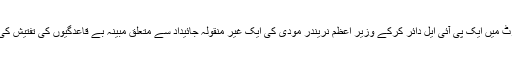
نئی دہلی: سپریم کورٹ میں ایک پی آئی ایل دائر کرکے وزیر اعظم نریندر مودی کی ایک غیر منقولہ جائیداد سے متعلق مبینہ بے قاعدگیوں کی تفتیش کی مانگ کی گئی ہے۔